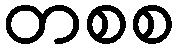
တစစ